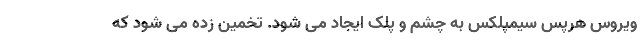
ویروس هرپس سیمپلکس به چشم و پلک ایجاد می شود. تخمین زده می شود که